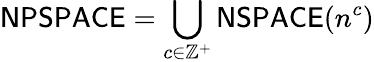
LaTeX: {\mathsf{NPSPACE}}=\bigcup_{c\in\mathbb{Z}^{+}}{\mathsf{NSPACE}}(n^{c})